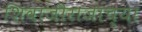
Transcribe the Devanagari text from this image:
शिवाजीराजाच्या